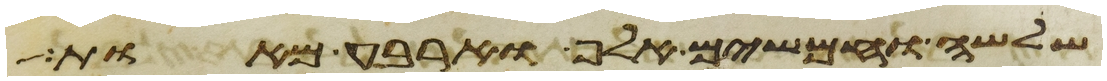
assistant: שלשה וחמשים אלף וארבע מאות